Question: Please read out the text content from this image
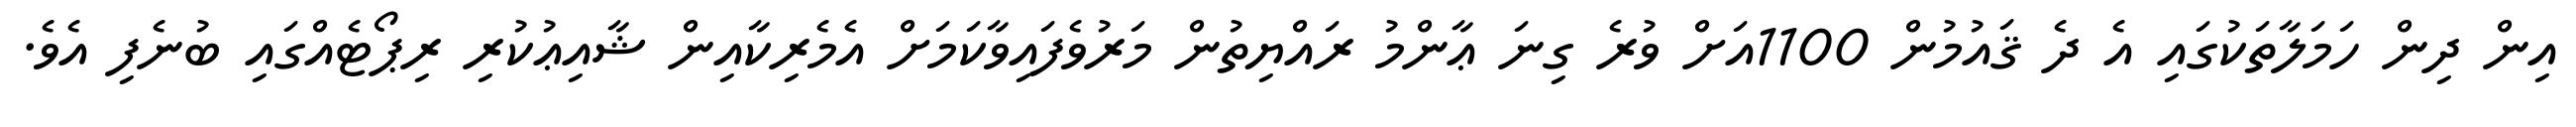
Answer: އިން ދިން ހަމަލާތަކުގައި އެ ދެ ޤައުމުން 1100އަށް ވުރެ ގިނަ ޢާންމު ރައްޔިތުން މަރުވެފައިވާކަމަށް އެމެރިކާއިން ޝާއިޢުކުރި ރިޕޯޓެއްގައި ބުނެފި އެވެ.